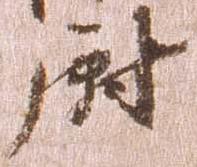
尉